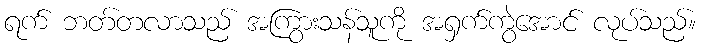
ရက် ဘတ်တလာသည် အကြွားသန်သူကို အရှက်ကွဲအောင် လုပ်သည်။